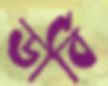
ডার্বি